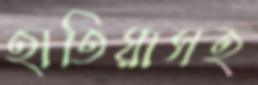
হাতিয়াসহ